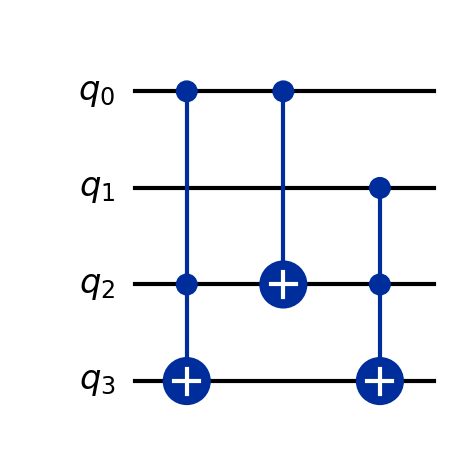
Description: Quantum ripple-carry adder
描述: 量子逐位进位加法器
Category: classical_algorithms (difficulty: advanced)
Qubits: 4, circuit depth: 3

Braket implementation:
from braket.circuits import Circuit
circuit = Circuit()
circuit.ccnot(0, 2, 3)
circuit.cnot(0, 2)
circuit.ccnot(1, 2, 3)

Qiskit implementation:
from qiskit import QuantumCircuit
circuit = QuantumCircuit(4)
circuit.ccx(0, 2, 3)
circuit.cx(0, 2)
circuit.ccx(1, 2, 3)